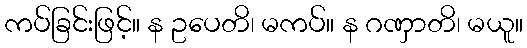
ကပ်ခြင်းဖြင့်။ န ဥပေတိ၊ မကပ်။ န ဂဏှာတိ၊ မယူ။